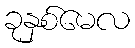
ခုနှစ်မေလ